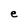
Character: e